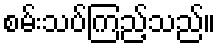
စမ်းသပ်ကြည့်သည်။